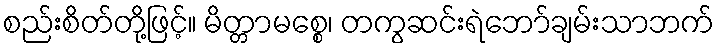
စည်းစိတ်တို့ဖြင့်။ မိတ္တာမစ္စေ၊ တကွဆင်းရဲဘော်ချမ်းသာဘက်